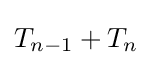
T_{n-1}+T_{n}